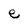
Character: e